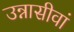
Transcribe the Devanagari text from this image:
उन्नासीवां